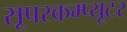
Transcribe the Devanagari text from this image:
सूपरकम्प्यूटर